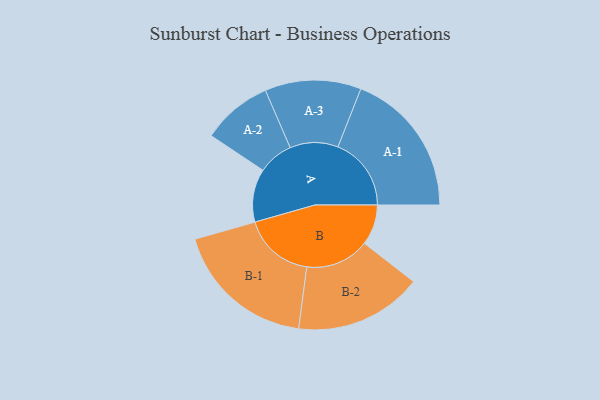
{"axis": {"x": "Segment", "y": "Value"}, "legend": ["", "A", "B"], "data": [{"x": "A", "y": 181, "type": ""}, {"x": "B", "y": 138, "type": ""}, {"x": "A-1", "y": 250, "type": "A"}, {"x": "A-2", "y": 120, "type": "A"}, {"x": "A-3", "y": 164, "type": "A"}, {"x": "B-1", "y": 243, "type": "B"}, {"x": "B-2", "y": 218, "type": "B"}]}